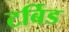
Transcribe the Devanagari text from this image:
टर्बिड